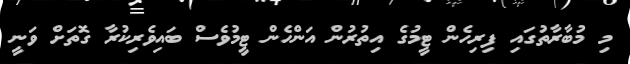
މި މުބާރާތުގައި ފިރިހެން ޓީމުގެ އިތުރުން އަންހެން ޓީމުވެސް ބައިވެރިކުރާ ގޮތަށް ވަނީ